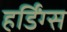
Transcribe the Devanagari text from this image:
हर्डिंग्स